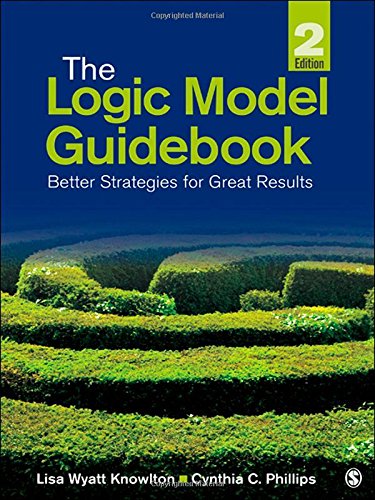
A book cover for The Logic Model Guidebook: Better Strategies for Great Results; Lisa Wyatt Knowlton; Politics & Social Sciences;